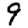
Digit: 9